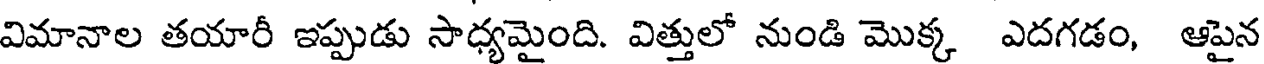
విమానాల తయారీ ఇప్పుడు సాధ్యమైంది. విత్తులో నుండి మొక్క ఎదగడం, ఆపైన